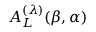
A _ { L } ^ { ( \lambda ) } ( \beta , \alpha )